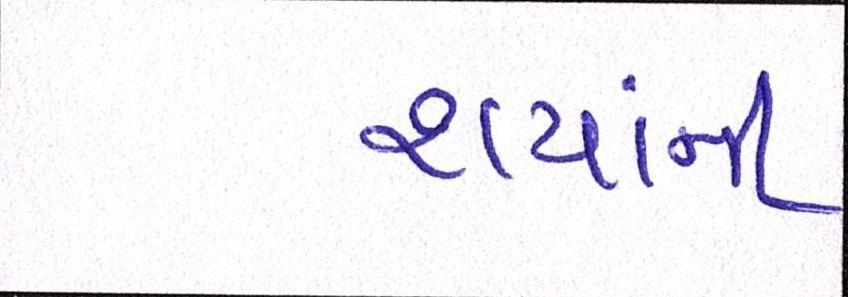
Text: થયાંની